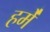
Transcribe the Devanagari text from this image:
हमे॑